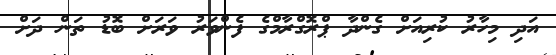
އަދި މިހާރު ކުރިއަށް ގެންދާ ޕްރޮގްރާމްގެ ފެންވަރު ވަރަށް ބޮޑު ތަން ދަށް